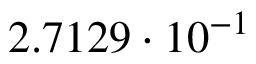
2 . 7 1 2 9 \cdot 1 0 ^ { - 1 }